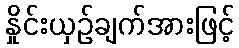
နှိုင်းယှဉ်ချက်အားဖြင့်